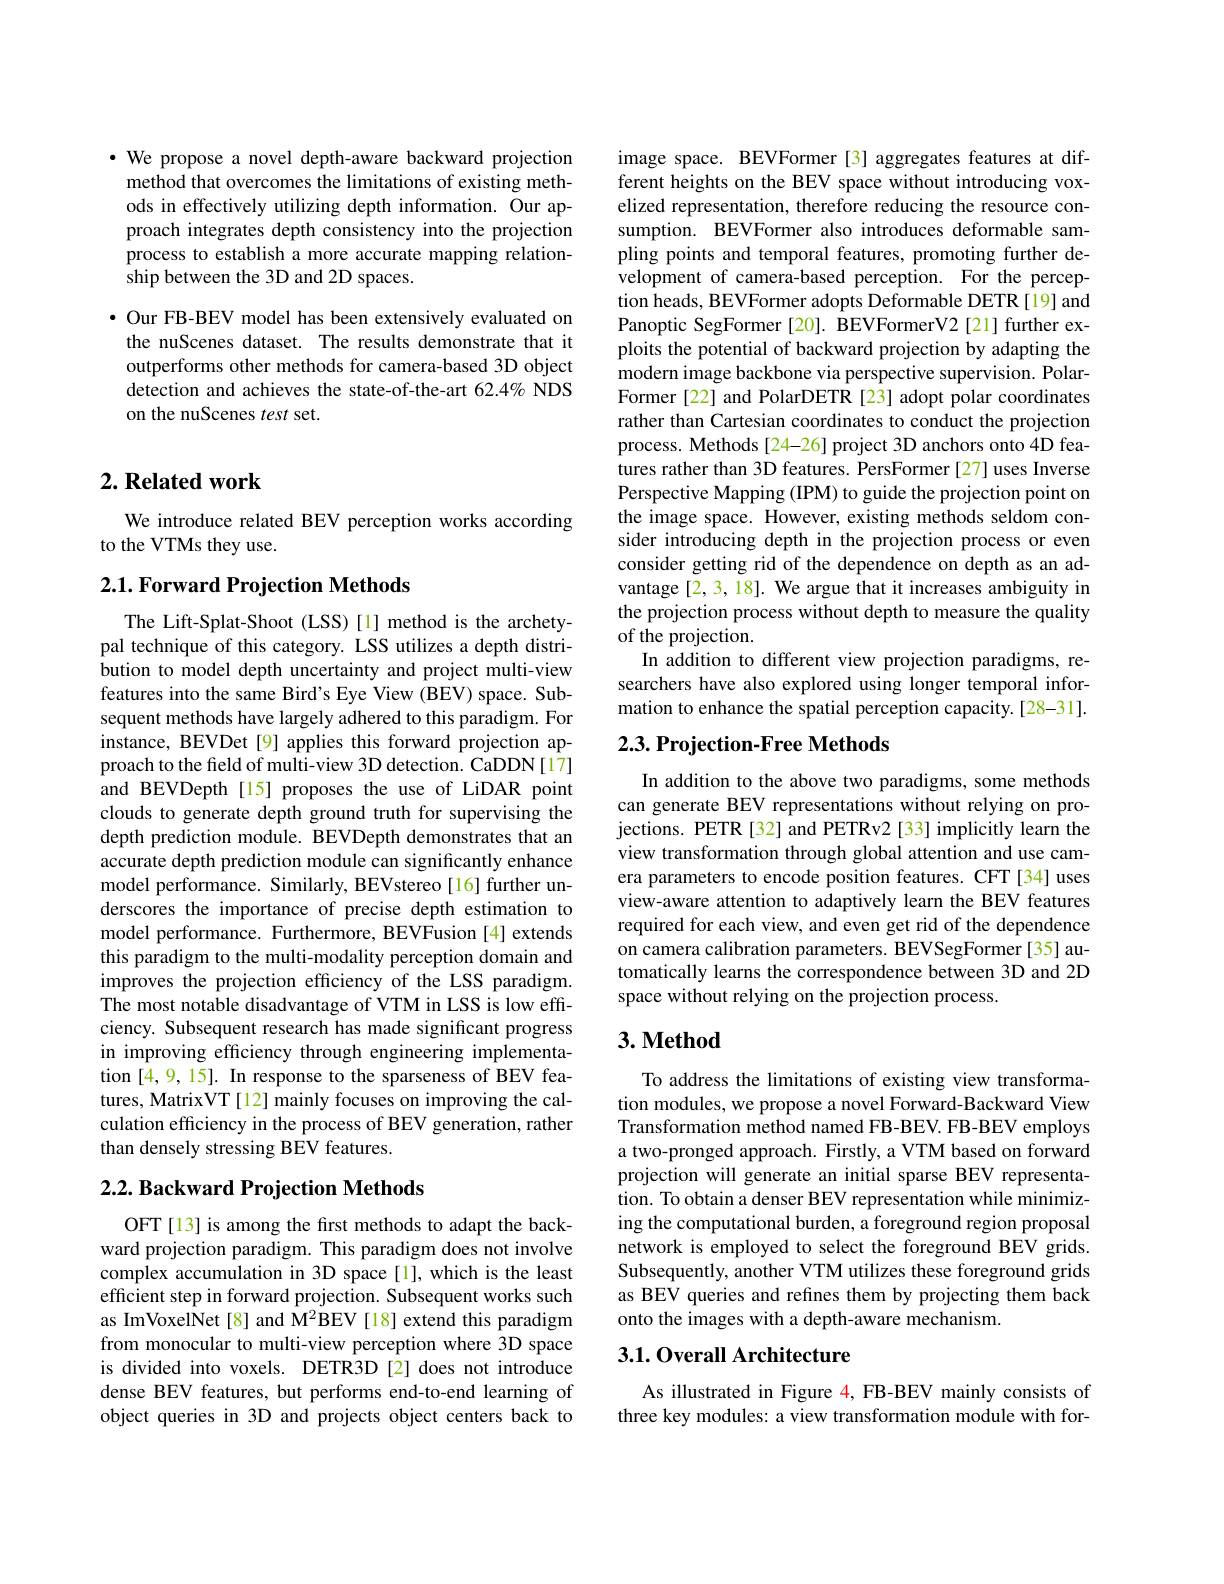
· We propose a novel depth-aware backward projection method that overcomes the limitations of existing methods in effectively utilizing depth information. Our approach integrates depth consistency into the projection process to establish a more accurate mapping relationship between the 3D and 2D spaces.

$\bullet$ Our FB-BEV model has been extensively evaluated on the nuScenes dataset. The results demonstrate that it outperforms other methods for camera-based 3D object detection and achieves the state-of-the-art 62.4% NDS on the nuScenes test set.

## $2. \textbf{ Related work}$

We introduce related BEV perception works according
to the VTMs they use.

### 2.1. Forward Projection Methods

The Lift-Splat-Shoot (LSS)[1] method is the archetypal technique of this category. LSS utilizes a depth distribution to model depth uncertainty and project multi-view features into the same Bird's Eye View (BEV) space. Subsequent methods have largely adhered to this paradigm. For instance, BEVDet[9] applies this forward projection approach to the field of multi-view 3D detection. CaDDN[17] and BEVDepth[15] proposes the use of LiDAR point clouds to generate depth ground truth for supervising the depth prediction module. BEVDepth demonstrates that an accurate depth prediction module can significantly enhance model performance. Similarly, BEVstereo [16] further underscores the importance of precise depth estimation to model performance. Furthermore, BEVFusion [4] extends this paradigm to the multi-modality perception domain and improves the projection efficiency of the LSS paradigm. The most notable disadvantage of VTM in LSS is low effciency. Subsequent research has made significant progress in improving efficiency through engineering implementation [4,9,15]. In response to the sparseness of BEV features, MatrixVT[12] mainly focuses on improving the calculation efficiency in the process of BEV generation, rather than densely stressing BEV features.

## $2. 2. \textbf{ Backward Projection Methods}$

OFT[13] is among the first methods to adapt the backward projection paradigm. This paradigm does not involve complex accumulation in 3D space[1],which is the least efficient step in forward projection. Subsequent works such as ImVoxelNet[8] and M$^{2}$BEV[18] extend this paradigm from monocular to multi-view perception where 3D space is divided into voxels. DETR3D [2] does not introduce dense BEV features, but performs end-to-end learning of object queries in 3D and projects object centers back to

image space. BEVFormer [3] aggregates features at different heights on the BEV space without introducing voxelized representation, therefore reducing the resource consumption. BEVFormer also introduces deformable sampling points and temporal features, promoting further development of camera-based perception. For the perception heads, BEVFormer adopts Deformable DETR [19] and Panoptic SegFormer [20]. BEVFormerV2 [21] further exploits the potential of backward projection by adapting the modern image backbone via perspective supervision. PolarFormer [22] and PolarDETR [23] adopt polar coordinates rather than Cartesian coordinates to conduct the projection process. Methods[24-26] project 3D anchors onto 4D features rather than 3D features. PersFormer [27] uses Inverse Perspective Mapping (IPM) to guide the projection point on the image space. However, existing methods seldom consider introducing depth in the projection process or even consider getting rid of the dependence on depth as an advantage [2,3,18]. We argue that it increases ambiguity in the projection process without depth to measure the quality of the projection.
In addition to different view projection paradigms, researchers have also explored using longer temporal information to enhance the spatial perception capacity.[28-31].

## $2. 3. \textbf{Projection- Free Methods}$

In addition to the above two paradigms, some methods can generate BEV representations without relying on projections. PETR[32] and PETRv2 [33] implicitly learn the view transformation through global attention and use camera parameters to encode position features. CFT[34] uses view-aware attention to adaptively learn the BEV features required for each view, and even get rid of the dependence on camera calibration parameters. BEVSegFormer [35] automatically learns the correspondence between 3D and 2D space without relying on the projection process.

## $3. \textbf{Method}$

To address the limitations of existing view transformation modules, we propose a novel Forward-Backward View Transformation method named FB-BEV. FB-BEV employs a two-pronged approach. Firstly, a VTM based on forward projection will generate an initial sparse BEV representation. To obtain a denser BEV representation while minimizing the computational burden, a foreground region proposal network is employed to select the foreground BEV grids. Subsequently, another VTM utilizes these foreground grids as BEV queries and refines them by projecting them back onto the images with a depth-aware mechanism.

# 3.1. Overall Architecture

As illustrated in Figure 4, FB-BEV mainly consists of three key modules: a view transformation module with for-